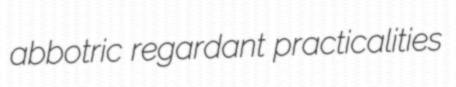
abbotric regardant practicalities